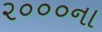
૨૦૦૦ના